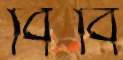
বিবি